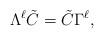
LaTeX: \begin{align*} \Lambda^{\ell} \tilde C = \tilde C \Gamma^{\ell}, \end{align*}